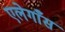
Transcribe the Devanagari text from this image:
एलेगाँस